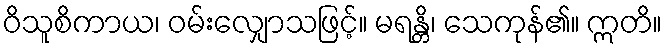
ဝိသူစိကာယ၊ ဝမ်းလျှောသဖြင့်။ မရန္တိ၊ သေကုန်၏။ ဣတိ။